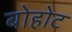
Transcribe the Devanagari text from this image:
बोहोट